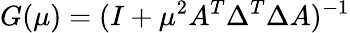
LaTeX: G(\mu)=(I+\mu^{2}A^{T}\Delta^{T}\Delta A)^{-1}